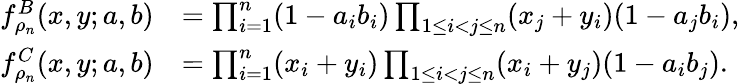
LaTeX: \begin{array}{rl}{f_{\rho_{n}}^{B}(x,y;a,b)}&{=\prod_{i=1}^{n}(1-a_{i}b_{i})\prod_{1\leq i<j\leq n}(x_{j}+y_{i})(1-a_{j}b_{i}),}\\ {f_{\rho_{n}}^{C}(x,y;a,b)}&{=\prod_{i=1}^{n}(x_{i}+y_{i})\prod_{1\leq i<j\leq n}(x_{i}+y_{j})(1-a_{i}b_{j}).}\end{array}